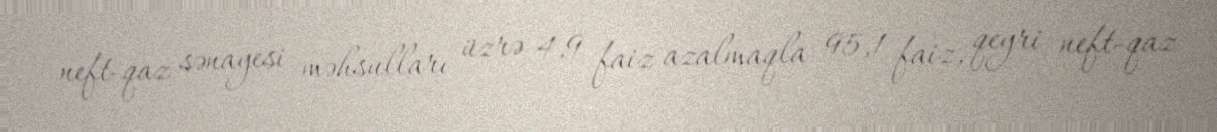
neft-qaz sənayesi məhsulları üzrə 4,9 faiz azalmaqla 95,1 faiz, qeyri neft-qaz